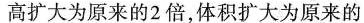
高扩大为原来的2倍，体积扩大为原来的